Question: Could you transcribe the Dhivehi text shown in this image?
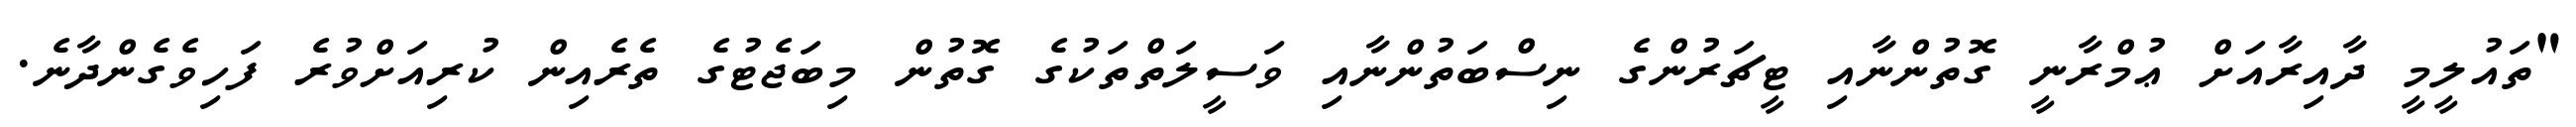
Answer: "ތައުލީމީ ދާއިރާއަށް ޢުމްރާނީ ގޮތުންނާއި ޓީޗަރުންގެ ނިސްބަތުންނާއި ވަސީލަތްތަކުގެ ގޮތުން މިބަޖެޓުގެ ތެރެއިން ކުރިއަށްވުރެ ފަހިވެގެންދާނެ.